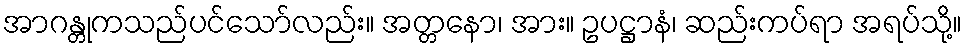
အာဂန္တုကသည်ပင်သော်လည်း။ အတ္တနော၊ အား။ ဥပဋ္ဌာနံ၊ ဆည်းကပ်ရာ အရပ်သို့။